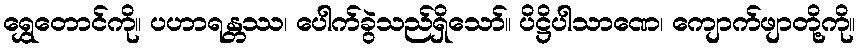
ရွှေတောင်ကို။ ပဟာရန္တဿ၊ ပေါက်ခွဲသည်ရှိသော်။ ပိဋ္ဌိပါသာဏေ၊ ကျောက်ဖျာတို့ကို။